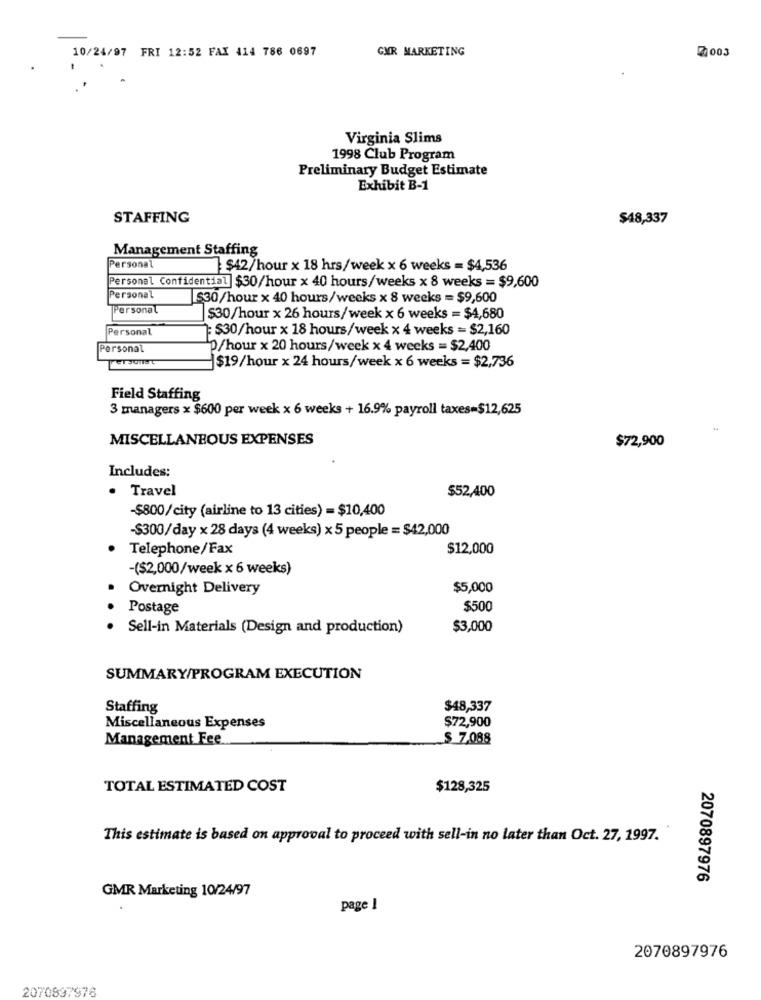
10/24/97 FRI 12:52 FAI 414 786 0697
GMR MARKETING
2003
Virginia Slims
1998 Club Program
Preliminary Budget Estimate
Exhibit B-1
STAFFING
$48,337
Management Staffing
Personal
:$42/hour x 18 hrs/week x 6 weeks = $4,536
Personal Confidential $30/hour x 40 hours/weeks x 8 weeks = $9,600
Personal
$30/hour x 40 hours/weeks x 8 weeks = $9,600
Personal
$30/hour x 26 hours/week x 6 weeks = $4,680
Personal
: $30/hour x 18 hours/week x 4 weeks = $2,160
Personal
D/hour x 20 hours/week x 4 weeks = $2,400
$19/hour x 24 hours/week x 6 weeks = $2,736
Field Staffing
3 managers x $600 per week x 6 weeks + 16.9% payroll taxes=$12,625
MISCELLANEOUS EXPENSES
$72,900
Includes:
· Travel
$52,400
$800/city (airline to 13 cities) = $10,400
-$300/day x 28 days (4 weeks) x 5 people = $42,000
Telephone/Fax
$12,000
-($2,000/week x 6 weeks)
Overnight Delivery
$5,000
Postage
$500
Sell-in Materials (Design and production)
$3,000
SUMMARY/PROGRAM EXECUTION
Staffing
$48,337
$72,900
Miscellaneous Expenses
Management Fee
$ 7,088
TOTAL ESTIMATED COST
$128,325
This estimate is based on approval to proceed with sell-in no later than Oct. 27, 1997.
2070897976
GMR Marketing 10/24/97
page 1
2070897976
2070897976